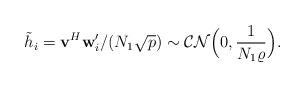
LaTeX: \begin{align*}\tilde{h}_i=\mathbf{v}^H \mathbf{w}_i'/(N_1\sqrt{p})\sim \mathcal{CN}\Big(0,\frac{1}{N_1\varrho}\Big).\end{align*}